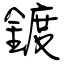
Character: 鍍